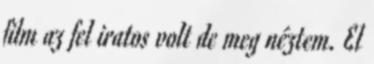
film az fel iratos volt de meg néztem. El